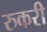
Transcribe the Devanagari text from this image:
रुकरी